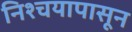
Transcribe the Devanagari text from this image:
निश्चयापासून